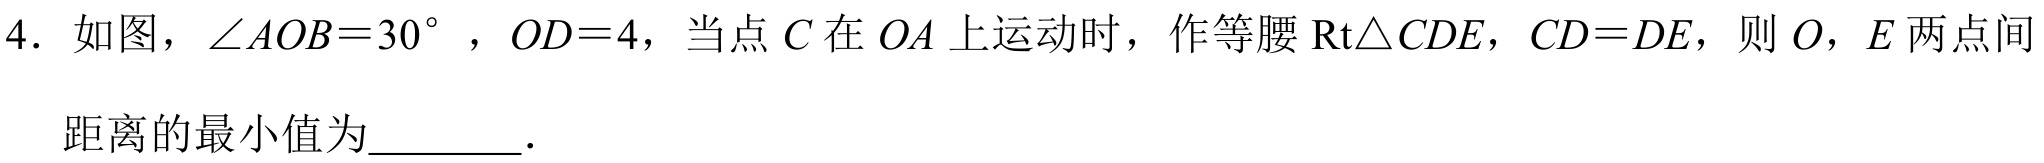
4. 如图，\(\angle AOB = 30^{\circ}\)，\(OD = 4\)，当点\(C\)在\(OA\)上运动时，作等腰\(\text{Rt}\triangle CDE\)，\(CD = DE\)，则\(O\)，\(E\)两点间
距离的最小值为________.